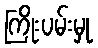
ကြိုးပမ်းမှု